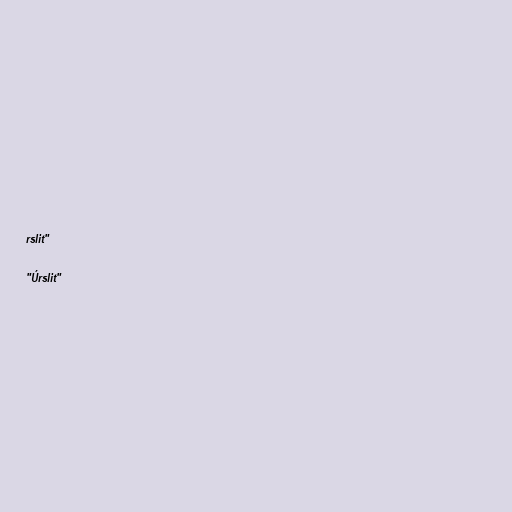
rslit"

"Úrslit"